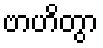
ဗာဟိတွာ